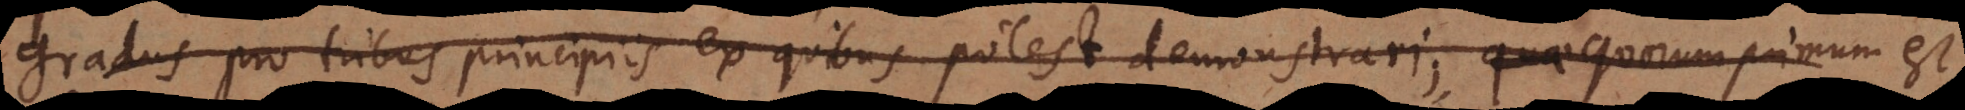
gradus pro tribus principiis ex quibus potest demonstrari; quorum primum e